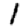
Digit: 1